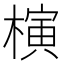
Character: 𣘹